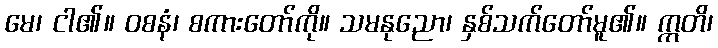
မေ၊ ငါ၏။ ဝစနံ၊ စကားတော်ကို။ သမနုညော၊ နှစ်သက်တော်မူ၏။ ဣတိ၊